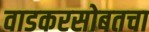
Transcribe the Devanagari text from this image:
वाडकरसोबतचा